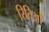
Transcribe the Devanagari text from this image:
रितिओं